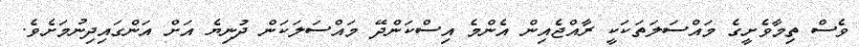
ވެސް ތިމާވެށީގެ މައްސަލަތަކަކީ ރާއްޖެއިން އެންމެ އިސްކަންދޭ މައްސަލަކަން ދުނިޔެ އަށް އަންގައިދިނުމަށެވެ.